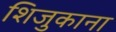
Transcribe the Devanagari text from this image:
शिजुकाना